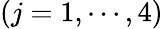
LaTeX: (j=1,\cdots,4)